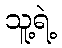
သူ့ရဲ့